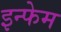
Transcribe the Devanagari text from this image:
इन्फेम